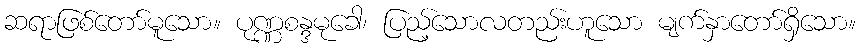
ဆရာဖြစ်တော်မူသော။ ပုဏ္ဏစန္ဒမုခေါ၊ ပြည့်သောလတည်းဟူသော မျက်နှာတော်ရှိသော။